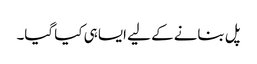
پل بنانے کے لیے ایسا ہی کیا گیا۔